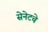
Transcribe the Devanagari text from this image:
सेनेटचे